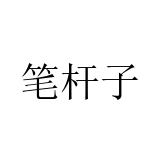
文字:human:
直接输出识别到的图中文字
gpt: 笔杆子